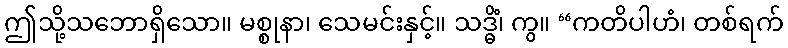
ဤသို့သဘောရှိသော။ မစ္စုနာ၊ သေမင်းနှင့်။ သဒ္ဓိံ၊ ကွ။ “ကတိပါဟံ၊ တစ်ရက်